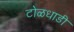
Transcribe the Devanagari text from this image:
टोळधाडी